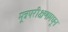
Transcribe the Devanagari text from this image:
मूत्रपरीक्षणामधून